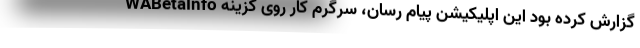
WABetaInfo گزارش کرده بود این اپلیکیشن پیام رسان، سرگرم کار روی گزینه